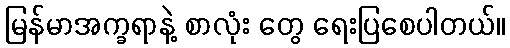
မြန်မာအက္ခရာနဲ့ စာလုံး တွေ ရေးပြစေပါတယ်။